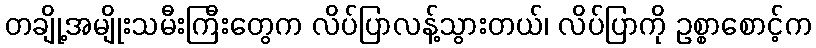
တချို့အမျိုးသမီးကြီးတွေက လိပ်ပြာလန့်သွားတယ်၊ လိပ်ပြာကို ဥစ္စာစောင့်က